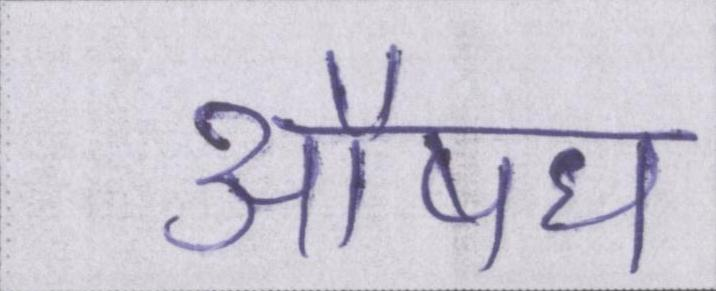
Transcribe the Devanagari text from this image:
औषध